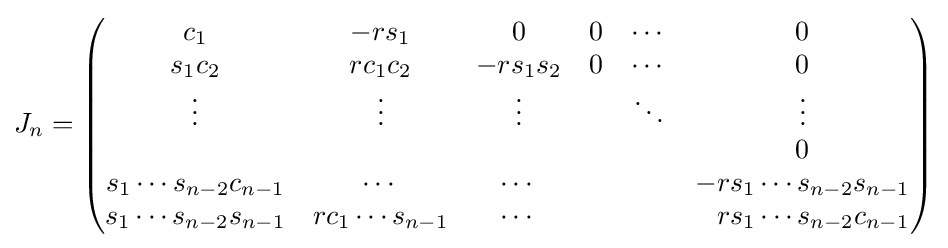
J_{n}={\begin{pmatrix}c_{1}&-rs_{1}&0&0&\cdots &0\\s_{1}c_{2}&rc_{1}c_{2}&-rs_{1}s_{2}&0&\cdots &0\\\vdots &\vdots &\vdots &&\ddots &\vdots \\&&&&&0\\s_{1}\cdots s_{n-2}c_{n-1}&\cdots &\cdots &&&-rs_{1}\cdots s_{n-2}s_{n-1}\\s_{1}\cdots s_{n-2}s_{n-1}&rc_{1}\cdots s_{n-1}&\cdots &&&{\phantom {-}}rs_{1}\cdots s_{n-2}c_{n-1}\end{pmatrix}}